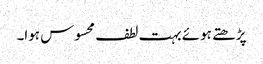
پڑھتے ہوئے بہت لطف محسوس ہوا۔